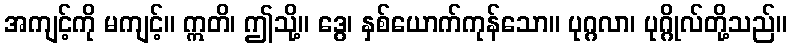
အကျင့်ကို မကျင့်။ ဣတိ၊ ဤသို့။ ဒွေ၊ နှစ်ယောက်ကုန်သော။ ပုဂ္ဂလာ၊ ပုဂ္ဂိုလ်တို့သည်။